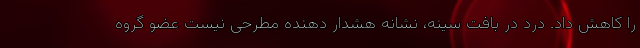
را کاهش داد. درد در بافت سینه، نشانه هشدار دهنده مطرحی نیست عضو گروه